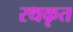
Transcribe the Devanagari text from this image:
रथकृत